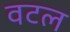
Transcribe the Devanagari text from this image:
वटल